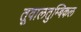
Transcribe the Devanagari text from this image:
तूवालतुम्बिकल